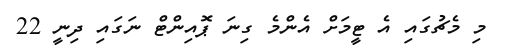
މި މެޗުގައި އެ ޓީމަށް އެންމެ ގިނަ ޕޮއިންޓް ނަގައި ދިނީ 22